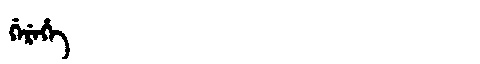
Manchu: ᡤᡝᡵᡝᡥᡝ
Romanization: GEREHE